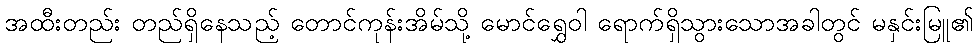
အထီးတည်း တည်ရှိနေသည့် တောင်ကုန်းအိမ်သို့ မောင်ရွှေဝါ ရောက်ရှိသွားသောအခါတွင် မနှင်းမြူ၏